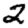
Digit: 2